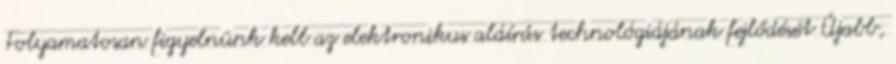
Folyamatosan figyelnünk kell az elektronikus aláírás technológiájának fejlődését Újabb,